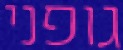
גופני